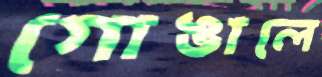
গোঙালে